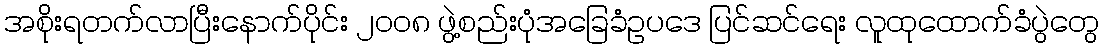
အစိုးရတက်လာပြီးနောက်ပိုင်း ၂၀၀၈ ဖွဲ့စည်းပုံအခြေခံဥပဒေ ပြင်ဆင်ရေး လူထုထောက်ခံပွဲတွေ